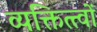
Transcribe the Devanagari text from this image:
व्यक्तित्त्वों